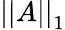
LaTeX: \left|\left|A\right|\right|_{1}